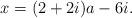
LaTeX: \begin{align*}x & = (2 + 2 i) a - 6i. \end{align*}